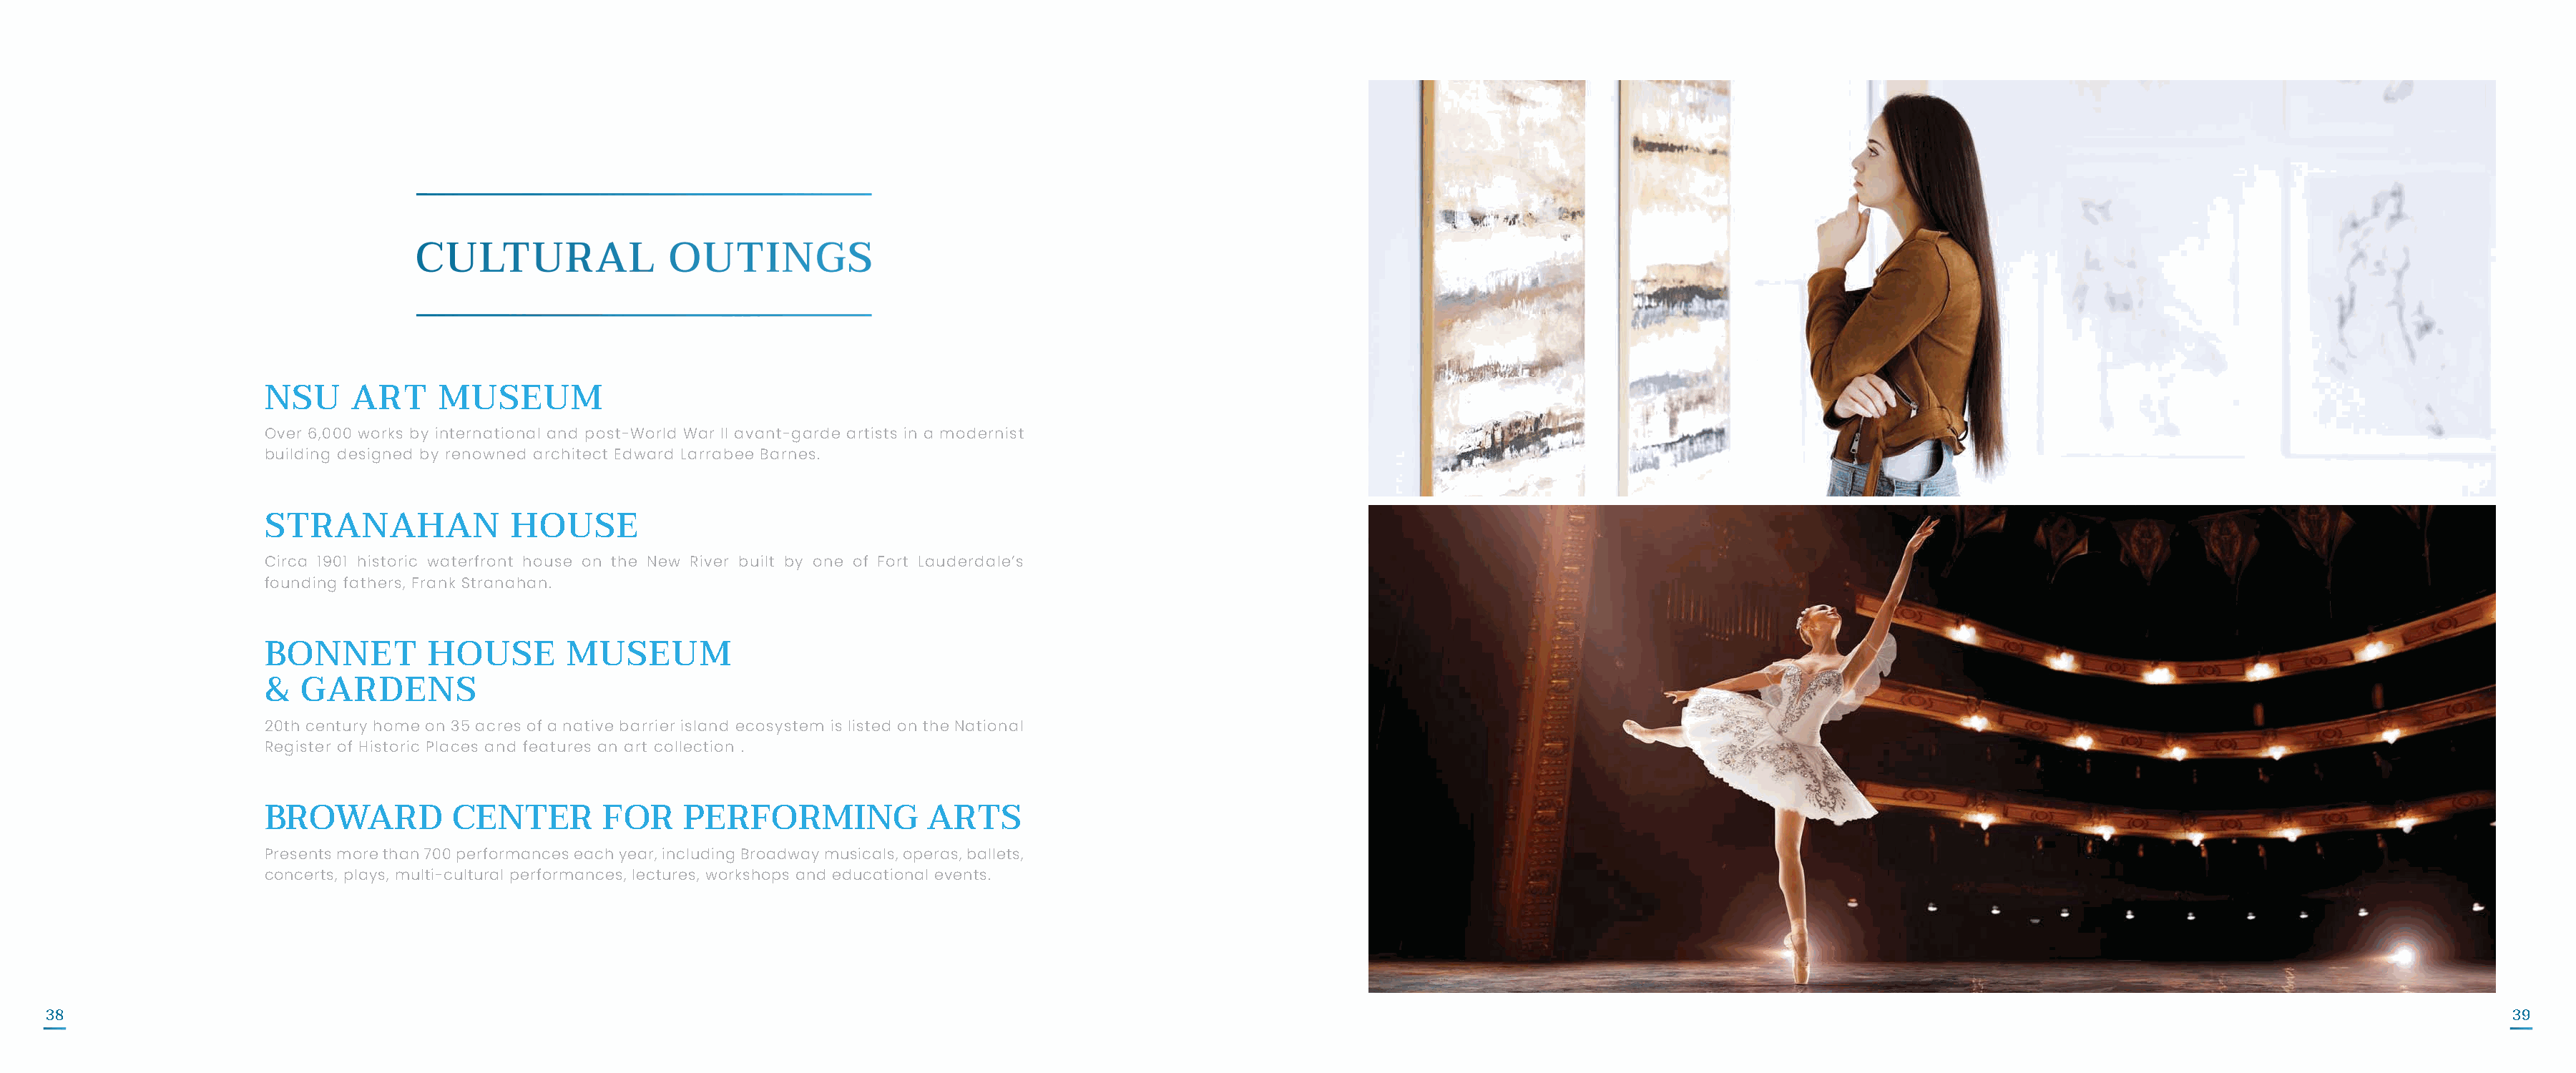
NSU      ART     MUSEUM
 Over 6,000 works by international and post-World War II avant-garde artists in a modernist
 building designed by renowned architect Edward Larrabee Barnes.
 STRANAHAN              HOUSE
 Circa 1901 historic waterfront house on the New River built by one of Fort Lauderdale’s
 founding fathers, Frank Stranahan.
 BONNET          HOUSE       MUSEUM
 &   GARDENS
 20th century home on 35 acres of a native barrier island ecosystem is listed on the National
 Register of Historic Places and features an art collection .
 BROWARD           CENTER        FOR    PERFORMING             ARTS
 Presents more than 700 performances each year, including Broadway musicals, operas, ballets,
 concerts, plays, multi-cultural performances, lectures, workshops and educational events.
 38                                                                                                                                                                                                                                  39